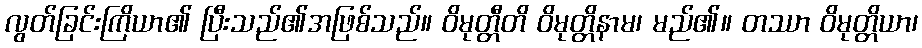
လွတ်ခြင်းကြိယာ၏ ပြီးသည်၏အဖြစ်သည်။ ဝိမုတ္တီတိ ဝိမုတ္တိနာမ၊ မည်၏။ တဿာ ဝိမုတ္တိယာ၊